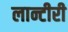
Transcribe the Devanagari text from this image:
लान्टीरी